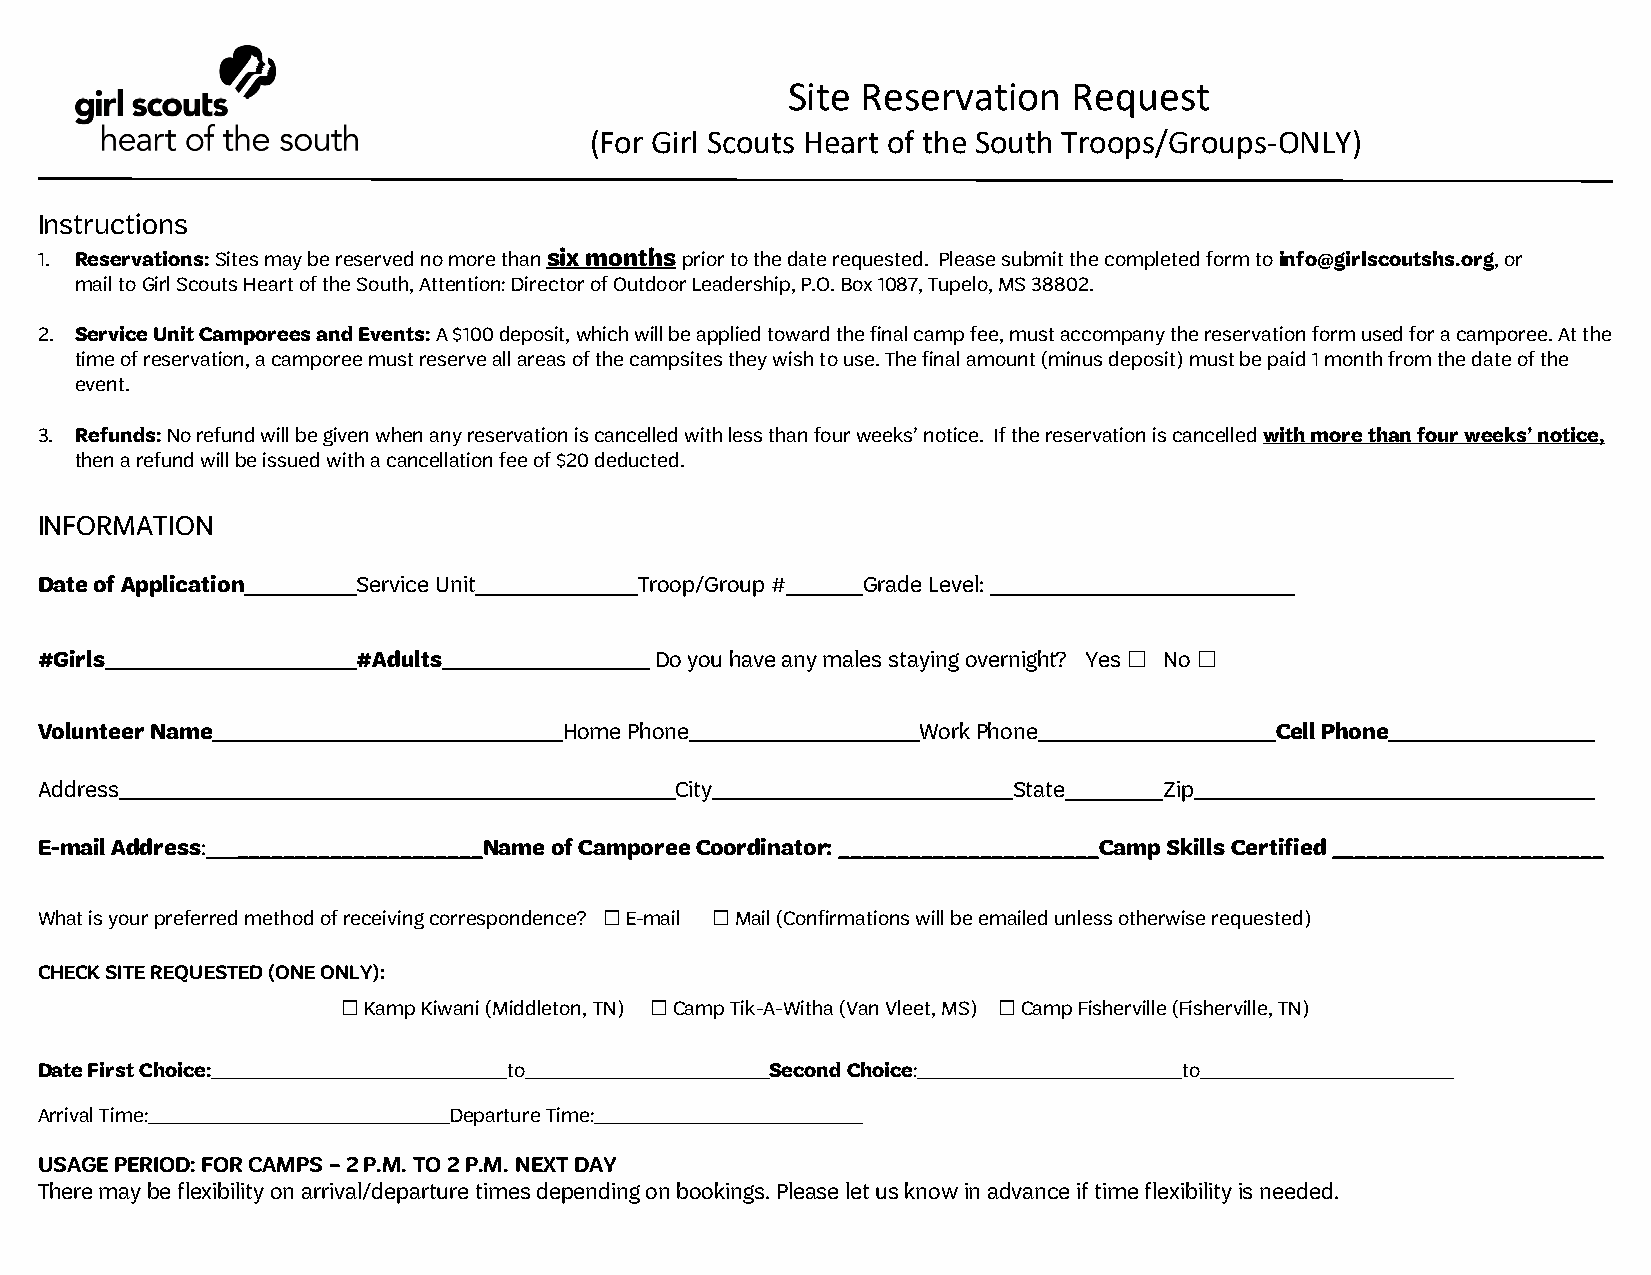
Site Reservation   Request
 (For Girl Scouts Heart of the South Troops/Groups-ONLY)
 Instructions
 1. Reservations: Sites may be reserved no more than six months prior to the date requested. Please submit the completed form to info@girlscoutshs.org, or
 mail to Girl Scouts Heart of the South, Attention: Director of Outdoor Leadership, P.O. Box 1087, Tupelo, MS 38802.
 2. Service Unit Camporees and Events: A $100 deposit, which will be applied toward the final camp fee, must accompany the reservation form used for a camporee. At the
 time of reservation, a camporee must reserve all areas of the campsites they wish to use. The final amount (minus deposit) must be paid 1 month from the date of the
 event.
 3. Refunds: No refund will be given when any reservation is cancelled with less than four weeks’ notice. If the reservation is cancelled with more than four weeks’ notice,
 then a refund will be issued with a cancellation fee of $20 deducted.
 INFORMATION
 Date of Application   Service Unit      Troop/Group #  Grade Level:
 #Girls                #Adults            Do you have any males staying overnight? Yes No
 ☐   ☐
 Volunteer Name                     Home Phone              Work Phone             Cell Phone
 Address                                    City                  State     Zip
 E-mail Address: _____________________Name of Camporee Coordinator: ______________________Camp Skills Certified _______________________
 What is your preferred method of receiving correspondence? E-mail Mail (Confirmations will be emailed unless otherwise requested)
 ☐      ☐
 CHECK SITE REQUESTED (ONE ONLY):
 Kamp Kiwani (Middleton, TN) Camp Tik-A-Witha (Van Vleet, MS) Camp Fisherville (Fisherville, TN)
 ☐                   ☐                      ☐
 Date First Choice:              to               Second Choice:             to
 Arrival Time:               Departure Time:
 USAGE PERIOD: FOR CAMPS – 2 P.M. TO 2 P.M. NEXT DAY
 There may be flexibility on arrival/departure times depending on bookings. Please let us know in advance if time flexibility is needed.